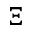
\Xi